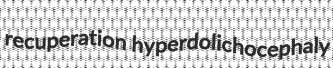
recuperation hyperdolichocephaly